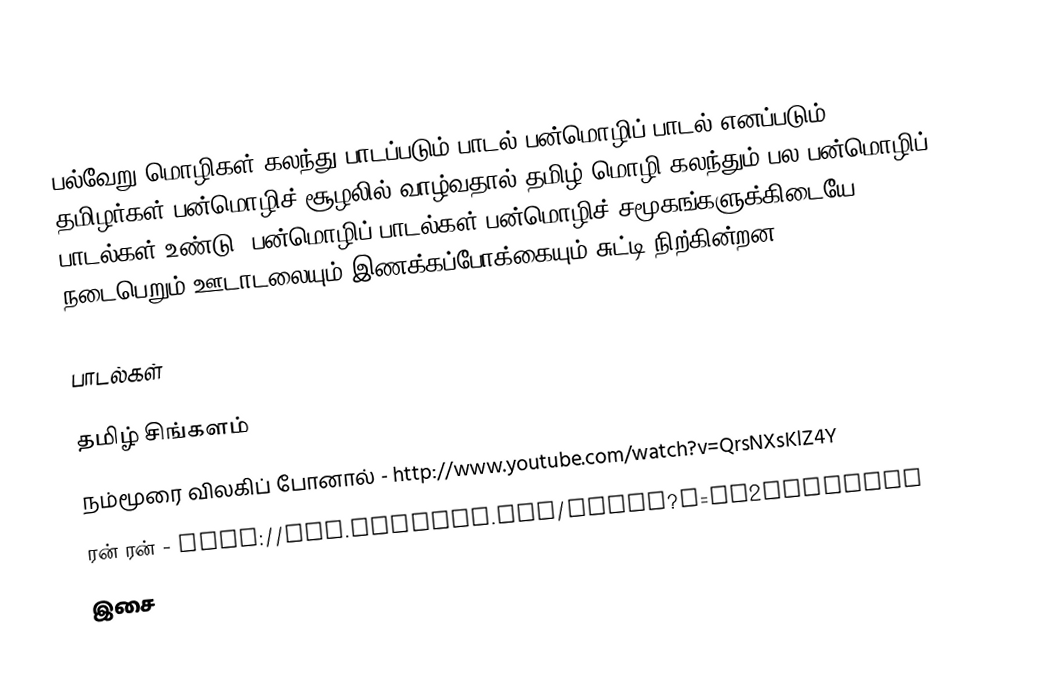
பல்வேறு மொழிகள் கலந்து பாடப்படும் பாடல் பன்மொழிப் பாடல் எனப்படும்.  தமிழர்கள் பன்மொழிச் சூழலில் வாழ்வதால் தமிழ் மொழி கலந்தும் பல பன்மொழிப் பாடல்கள் உண்டு.  பன்மொழிப் பாடல்கள் பன்மொழிச் சமூகங்களுக்கிடையே நடைபெறும் ஊடாடலையும் இணக்கப்போக்கையும் சுட்டி நிற்கின்றன.

பாடல்கள்

தமிழ் சிங்களம்
 நம்மூரை விலகிப் போனால் - http://www.youtube.com/watch?v=QrsNXsKlZ4Y
 ரன் ரன் - http://www.youtube.com/watch?v=TE2iHzXQEdw
இசை